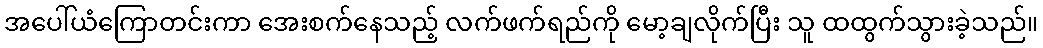
အပေါ်ယံကြောတင်းကာ အေးစက်နေသည့် လက်ဖက်ရည်ကို မော့ချလိုက်ပြီး သူ ထထွက်သွားခဲ့သည်။